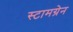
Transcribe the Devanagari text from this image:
स्टामग्रेन